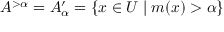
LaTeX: A ^ { > \alpha } = A _ { \alpha } ^ { \prime } = \{ x \in U \mid m ( x ) > \alpha \}